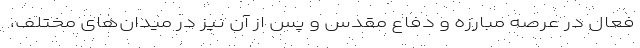
فعال در عرصه مبارزه و دفاع مقدس و پس از آن نیز در میدان‌های مختلف،